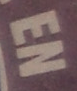
EN